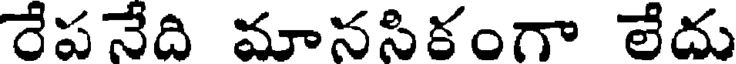
రేపనేది మానసికంగా లేదు